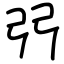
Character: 弜